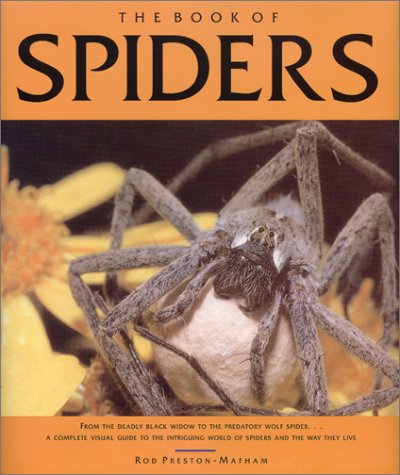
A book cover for The Book of Spiders; Rod Preston-Mafham; Sports & Outdoors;